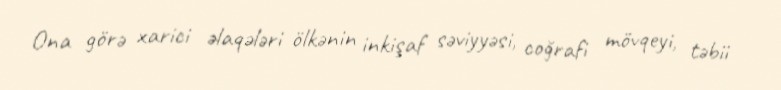
Ona görə xarici əlaqələri ölkənin inkişaf səviyyəsi, coğrafi mövqeyi, təbii